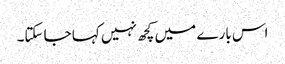
اس بارے میں کچھ نہیں کہا جاسکتا۔